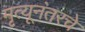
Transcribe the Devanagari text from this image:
मृत्यूनंतरचे